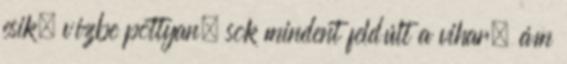
esik, vízbe pottyan, sok mindent feldúlt a vihar, ám